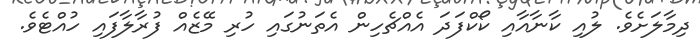
ދިމާލަށެވެ. ލުއި ކާނާއާއި ކޯކްފަދަ އެއްޗެހިން އެތަނުގައި ހުރި މޭޒެއް ފުރާލާފައި ހުއްޓެވެ.